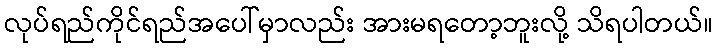
လုပ်ရည်ကိုင်ရည်အပေါ်မှာလည်း အားမရတော့ဘူးလို့ သိရပါတယ်။